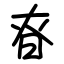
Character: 昚